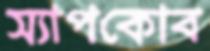
স্যাপকোব